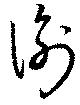
衡